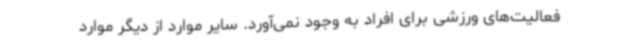
فعالیت‌های ورزشی برای افراد به وجود نمی‌آورد. سایر موارد از دیگر موارد